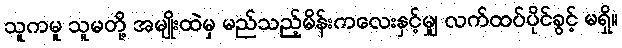
သူကမူ သူမတို့ အမျိုးထဲမှ မည်သည့်မိန်းကလေးနှင့်မျှ လက်ထပ်ပိုင်ခွင့် မရှိ။